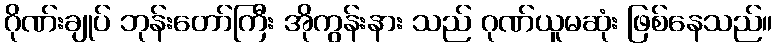
ဂိုဏ်းချုပ် ဘုန်းတော်ကြီး အိုကွန်းနား သည် ဂုဏ်ယူမဆုံး ဖြစ်နေသည်။